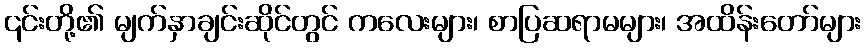
၎င်းတို့၏ မျက်နှာချင်းဆိုင်တွင် ကလေးများ၊ စာပြဆရာမများ၊ အထိန်းတော်များ